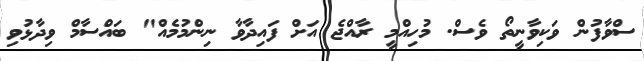
ސްވާފުން ވަކިވާނީތޯ ވެސް. މުހިއްމީ ރާއްޖެ އަށް ފައިދާވާ ނިންމުމެއް" ބައްސާމް ވިދާޅުވި